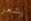
يشعر